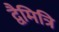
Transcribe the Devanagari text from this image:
द्वैमित्रि